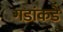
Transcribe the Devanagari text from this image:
गडांकडे